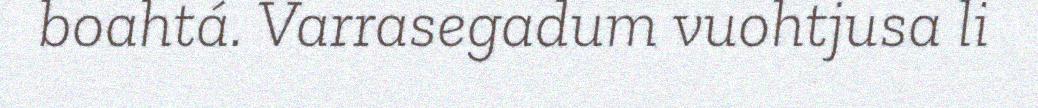
boahtá. Varrasegadum vuohtjusa li